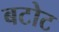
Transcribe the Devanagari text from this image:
बटोट